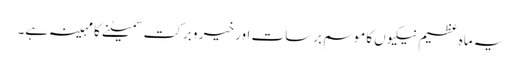
یہ ماہ عظیم نیکیوں کاموسم برسات اور خیر وبرکت سمیٹنے کا مہینہ ہے۔